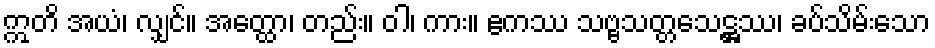
ဣတိ အယံ၊ လျှင်။ အတ္ထော၊ တည်း။ ဝါ၊ ကား။ ဧကဿ သဗ္ဗသတ္တသေဋ္ဌဿ၊ ခပ်သိမ်းသော